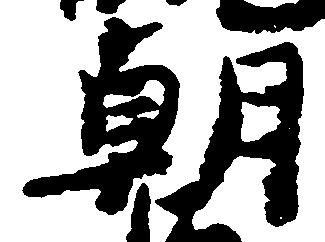
朝